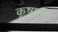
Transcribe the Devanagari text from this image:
कृष्णचा